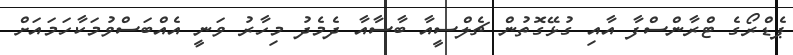
ޕެޑްރޯގެ ޓްރާންސްފާ އާއި ގުޅޭގޮތުން ޗެލްސީއާ ބާސާއާ ދެމެދު މިހާރު ވަނީ އެއްބަސްވުމަކާހަމައަށް